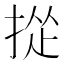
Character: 㧿